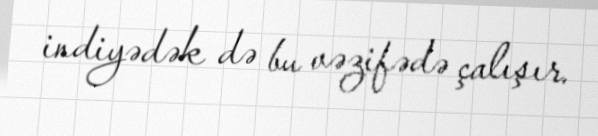
indiyədək də bu vəzifədə çalışır.